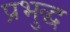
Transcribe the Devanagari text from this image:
प्रभुद्ध